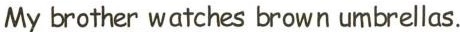
My brother watches brown umbrellas.